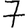
Digit: 7